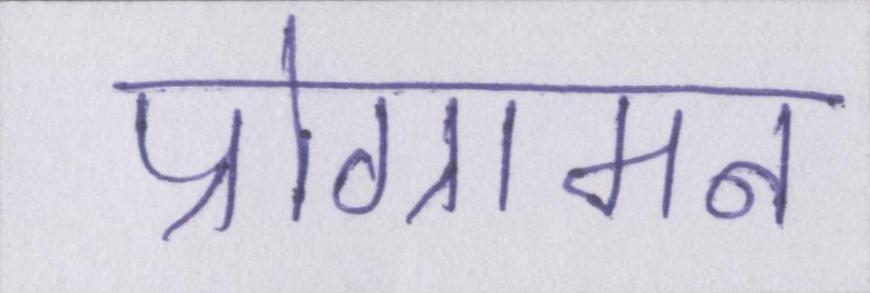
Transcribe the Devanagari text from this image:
प्रोग्रामन